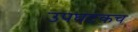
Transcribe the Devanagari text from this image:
उपघटकच